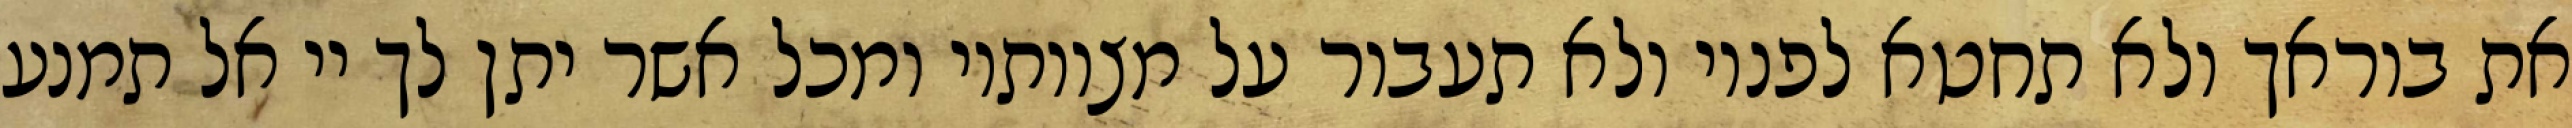
את בוראך ולא תחטא לפניו ולא תעבור על מצוותיו ומכל אשר יתן לך יי אל תמנע